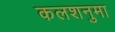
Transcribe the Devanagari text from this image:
कलशनुमा